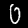
Digit: 0